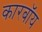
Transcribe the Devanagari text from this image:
कारबॉय